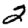
Digit: 2